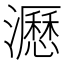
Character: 𤃉